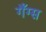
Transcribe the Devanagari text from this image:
गँग्स